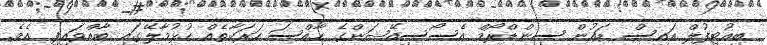
ބިއުޓިފުލް އައިސް ޑައުން ސިންޑްރޯމް އެސޯސިއޭޝަންގެ ހާއްސަ ހަރަކާތެއް ހުޅުމާލޭގައި ބާއްވައިފި އެވެ.